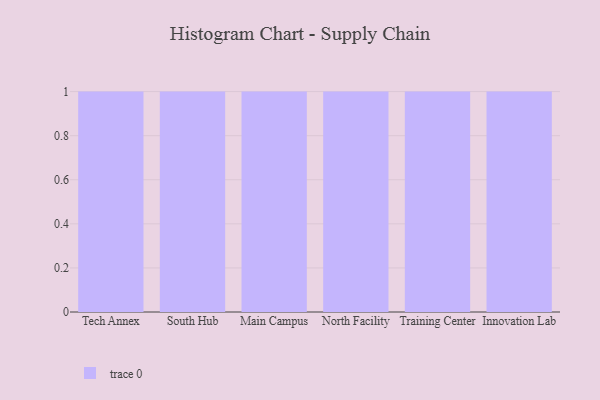
{"axis": {"x": "Campus", "y": "Customer Acquisition Cost (USD)"}, "legend": [""], "data": [{"x": "Tech Annex", "y": 91, "type": ""}, {"x": "South Hub", "y": 16, "type": ""}, {"x": "Main Campus", "y": 71, "type": ""}, {"x": "North Facility", "y": 36, "type": ""}, {"x": "Training Center", "y": 100, "type": ""}, {"x": "Innovation Lab", "y": 72, "type": ""}]}